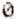
0